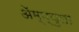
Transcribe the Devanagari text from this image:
ॲेम्प्युला